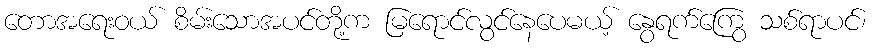
တောအရေးဝယ် စိမ်းသောအပင်တို့က မြရောင်လွင်နေပေမယ့် နွေရက်ကြွေ သစ်ရာပင်၊